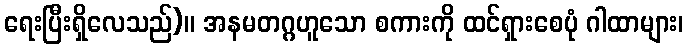
ရေးပြီးရှိလေသည်)။ အနမတဂ္ဂဟူသော စကားကို ထင်ရှားစေပုံ ဂါထာများ၊